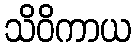
သိဝိကာယ